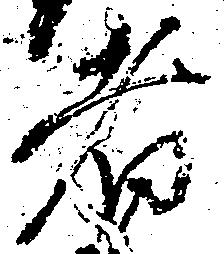
者